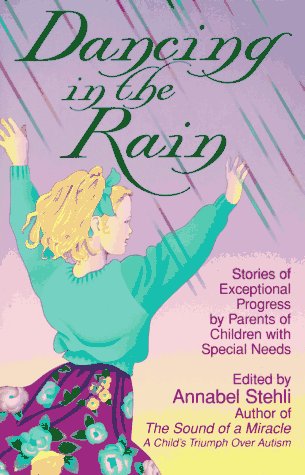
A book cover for Dancing in the Rain: Stories of Exceptional Progress by Parents of Children With Special Needs; Health, Fitness & Dieting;